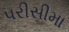
પરીસીમા